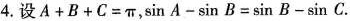
4. 设$$A+B+C=\pi $$,$$\sin A-\sin B=\sin B -\sin C$$.